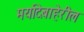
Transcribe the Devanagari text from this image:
मर्यादेबाहेरील